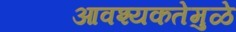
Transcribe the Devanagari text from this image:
आवश्यकतेमुळे